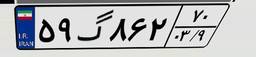
۵۹گ۸۶۲۷۰